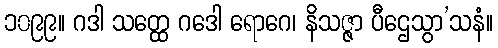
၁၀၉၉။ ဂဒါ သတ္ထေ ဂဒေါ ရောဂေ၊ နိသဇ္ဇာ ပီဌေသွာ’သနံ။